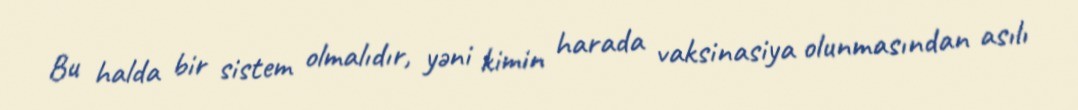
Bu halda bir sistem olmalıdır, yəni kimin harada vaksinasiya olunmasından asılı